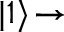
| 1 \rangle \! \rightarrow